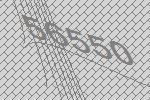
56550